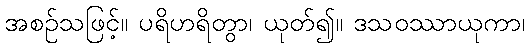
အစဉ်သဖြင့်။ ပရိဟရိတွာ၊ ယုတ်၍။ ဒသဝဿာယုကာ၊